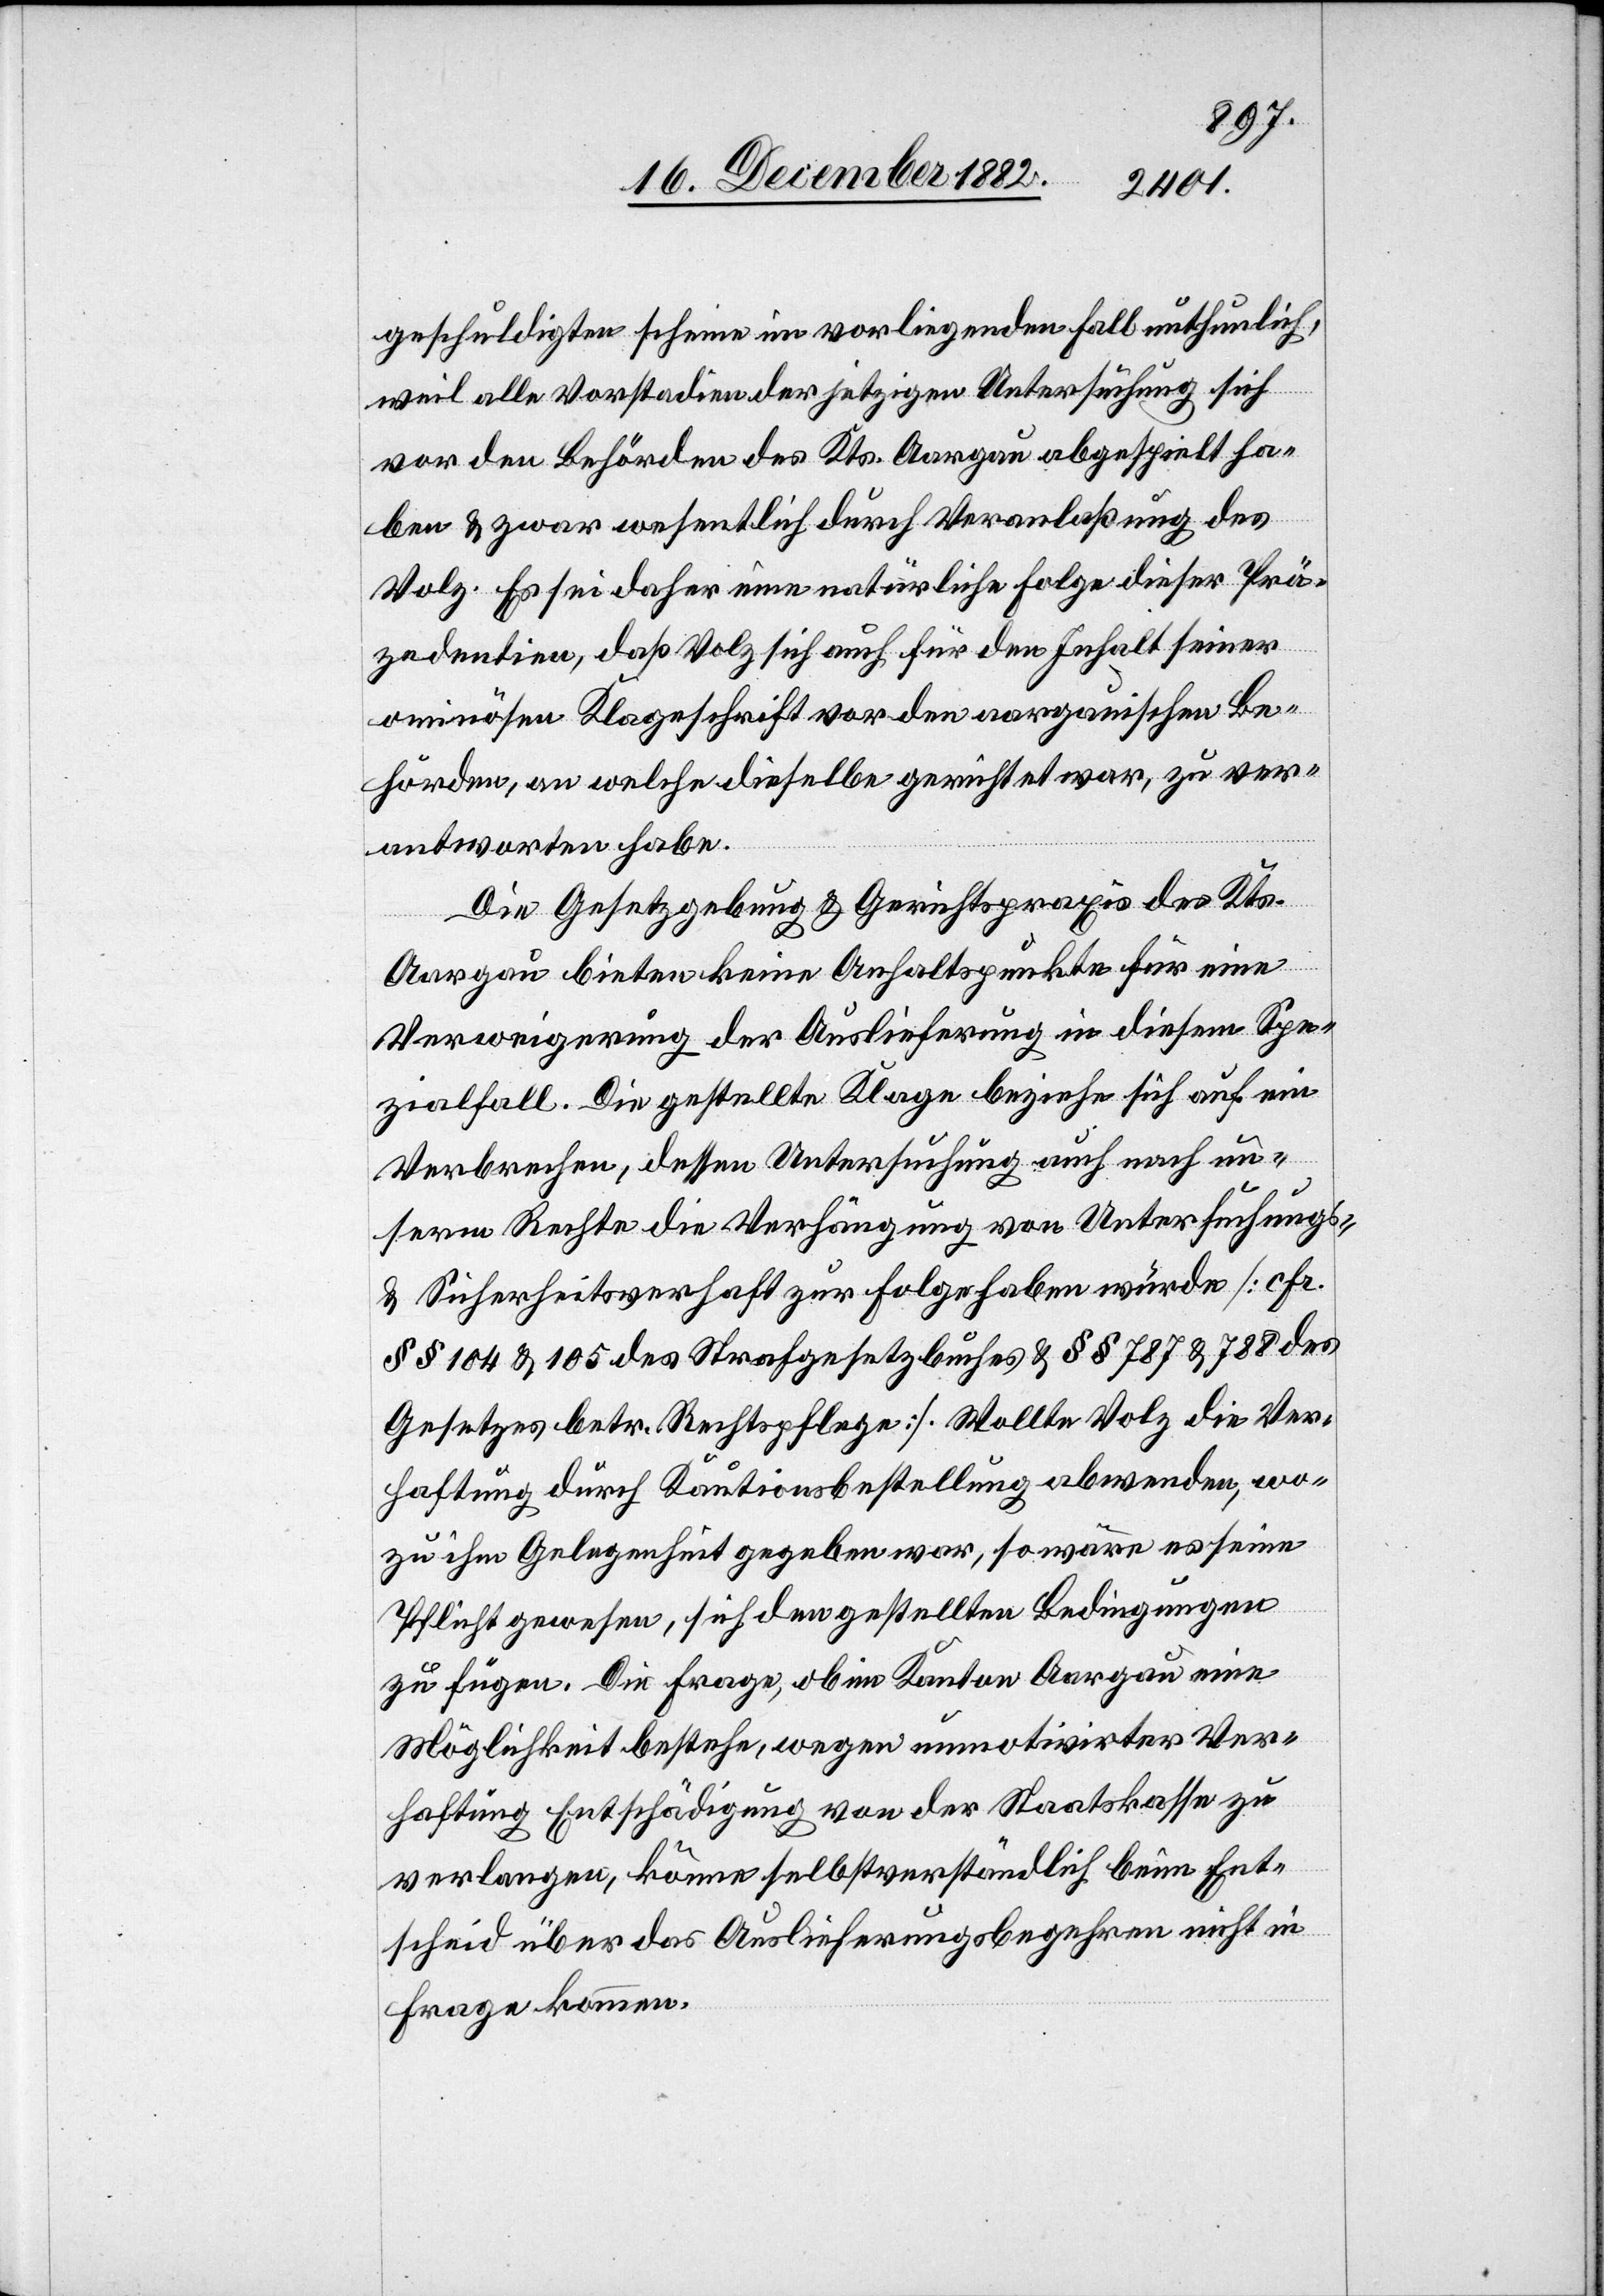
geschuldigten scheine im vorliegenden Fall unthunlich,
weil alle Vorstadien der jetzigen Untersuchung sich
vor den Behörden des Kts. Aargau abgespielt ha¬
ben & zwar wesentlich durch Veranlaßung des
Volz. Es sei daher eine natürliche Folge dieser Prä¬
zedentien, daß Volz sich auch für den Inhalt seiner
ominösen Klageschrift vor den aargauischen Be¬
hörden, an welche dieselbe gerichtet war, zu ver¬
antworten habe.
Die Gesetzgebung & Gerichtspraxis des Kts.
Aargau bieten keine Anhaltspunkte für eine
Verweigerung der Auslieferung in diesem Spe¬
zialfall. Die gestellte Klage beziehe sich auf ein
Verbrechen, dessen Untersuchung auch nach un¬
serm Rechte die Verhängung von Untersuchungs-
& Sicherheitsverhaft zu Folge haben würde [cfr.
§§ 104 & 105 des Strafgesetzbuches & §§ 787 & 788 des
Gesetzes betr. Rechtspflege]. Wollte Volz die Ver¬
haftung durch Kautionsbestellung abwenden, wo¬
zu ihm Gelegenheit gegeben war, so wäre es seine
Pflicht gewesen, sich den gestellten Bedingungen
zu fügen. Die Frage, ob im Kanton Aargau eine
Möglichkeit bestehe, wegen unmotivirter Ver¬
haftung Entschädigung von der Staatskasse zu
verlangen, könne selbstverständlich beim Ent¬
scheid über das Auslieferungsbegehren nicht in
Frage kommen.